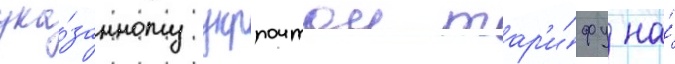
ука́занному укрпочтои тар'и́фу на́